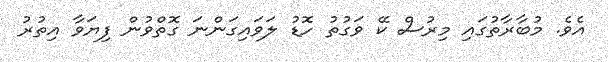
އެވެ. މުބާރާތުގައި މިރުސް ކޭ ވަގުތު ހޮޑު ލަވައިގަންނަ ގޮތްވުން ފިޔަވާ އިތުރު